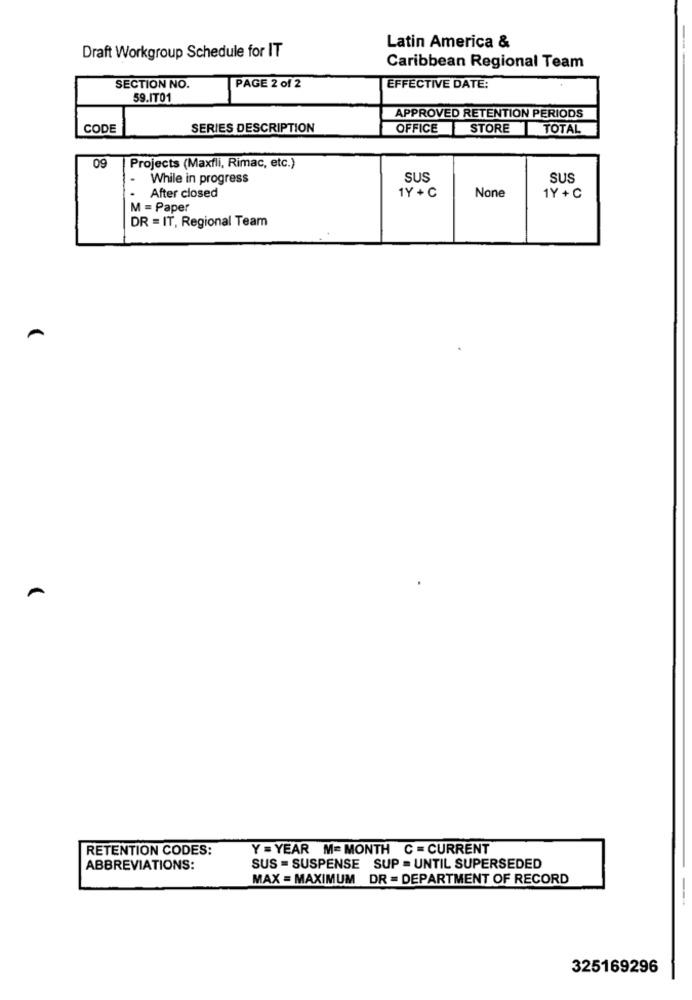
Latin America &
Draft Workgroup Schedule for IT
Caribbean Regional Team
SECTION NO.
PAGE 2 of 2
EFFECTIVE DATE:
59.IT01
APPROVED RETENTION PERIODS
CODE
SERIES DESCRIPTION
OFFICE STORE TOTAL
09
Projects (Maxfli, Rimac, etc.)
While in progress
SUS
SUS
After closed
1Y + C
1Y +C
M = Paper
DR = IT, Regional Team
RETENTION CODES:
Y = YEAR M= MONTH C = CURRENT
ABBREVIATIONS:
SUS = SUSPENSE SUP = UNTIL SUPERSEDED
MAX = MAXIMUM DR = DEPARTMENT OF RECORD
325169296